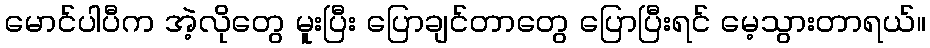
မောင်ပါပီက အဲ့လိုတွေ မူးပြီး ပြောချင်တာတွေ ပြောပြီးရင် မေ့သွားတာရယ်။